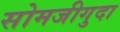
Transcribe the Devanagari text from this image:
सोमजीगुदा